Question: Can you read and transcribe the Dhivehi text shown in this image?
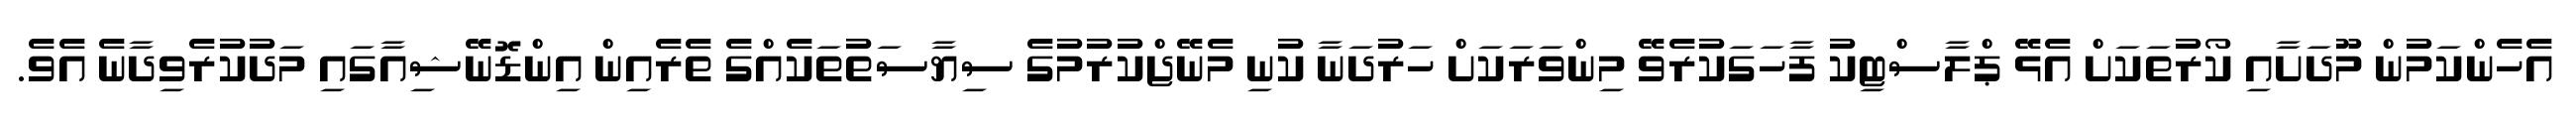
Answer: އެހެންކަމުން މޫދަށާއި ކޯރުތަކަށް އެޅޭ ޕްލާސްޓިކު ފާހަގަކުރެވޭ މިންވަރަކަށް ހަރުދަނާ ކުނި މެނޭޖްކުރުމުގެ ސިޔާސަތުތަކެއްގެ ތެރެއިން އިންޑޮނޭޝިއާގައި މަދުކުރެވިދާނެ އެވެ.